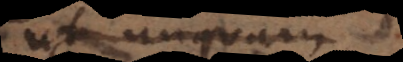
ut unquam